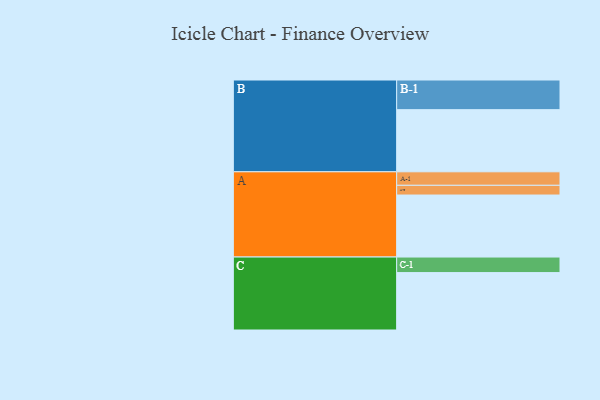
{"axis": {"x": "Segment", "y": "Value"}, "legend": ["", "A", "B", "C"], "data": [{"x": "A", "y": 510, "type": ""}, {"x": "B", "y": 511, "type": ""}, {"x": "C", "y": 472, "type": ""}, {"x": "A-1", "y": 111, "type": "A"}, {"x": "A-2", "y": 80, "type": "A"}, {"x": "B-1", "y": 244, "type": "B"}, {"x": "C-1", "y": 128, "type": "C"}]}